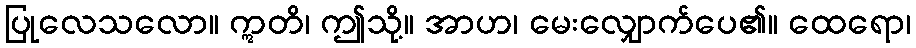
ပြုလေသလော။ ဣတိ၊ ဤသို့။ အာဟ၊ မေးလျှောက်ပေ၏။ ထေရော၊